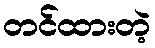
တင်ထားတဲ့